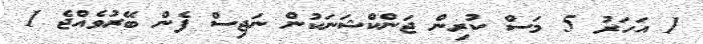
1 އަހަރު 5 މަސް ކުރިން ޖަންކްޝަނަކުން ނަޖިސް ފެން ބޭރުވެއްޖެ 1